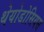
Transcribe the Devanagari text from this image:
थेयोडोसियस